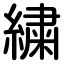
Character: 繍